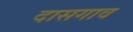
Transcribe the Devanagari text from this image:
दासगाव